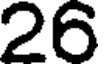
26